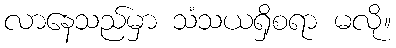
လာနေသည်မှာ သံသယရှိစရာ မလို။